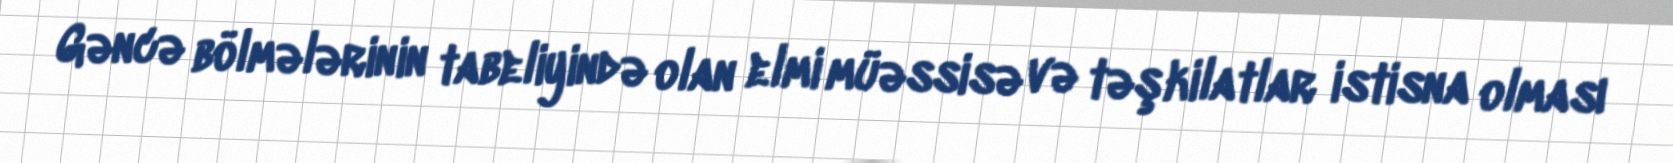
Gəncə bölmələrinin tabeliyində olan elmi müəssisə və təşkilatlar istisna olması